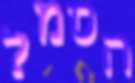
הסמל